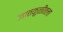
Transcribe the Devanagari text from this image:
जातकुळीतला